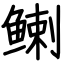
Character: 𬶟